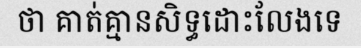
ថា គាត់គ្មានសិទ្ធដោះលែងទេ